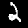
Digit: 2